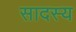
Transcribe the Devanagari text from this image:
सादस्य